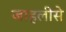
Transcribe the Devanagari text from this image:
जाहलीसे